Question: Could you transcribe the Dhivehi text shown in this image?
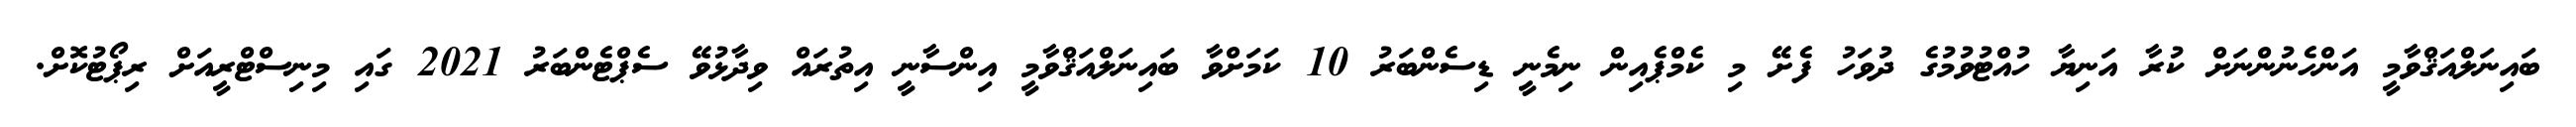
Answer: ބައިނަލްއަޤްވާމީ އަންހެނުންނަށް ކުރާ އަނިޔާ ހުއްޓުވުމުގެ ދުވަހު ފެށޭ މި ކެމްޕެއިން ނިމެނީ ޑިސެންބަރު 10 ކަމަށްވާ ބައިނަލްއަޤްވާމީ އިންސާނީ އިތުރައް ވިދާޅުވޭ ސެޕްޓެންބަރު 2021 ގައި މިނިސްޓްރީއަށް ރިޕޯޓުކޮށް.